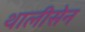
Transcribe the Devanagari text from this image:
थालीसेन